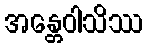
အန္တေဝါသိဿ